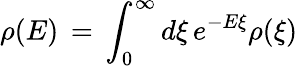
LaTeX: \rho(E)\, =\, \int_{0}^{\infty}d\xi\, e^{-E\xi}\rho(\xi)